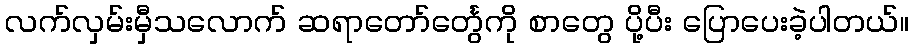
လက်လှမ်းမှီသလောက် ဆရာတော်င်္တွေကို စာတွေ ပို့ပီး ပြောပေးခဲ့ပါတယ်။